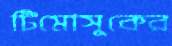
টিমোসুকের